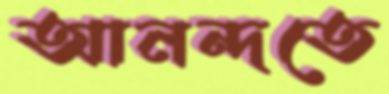
আনন্দতে